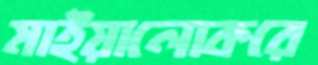
মাইয়ালোকরে